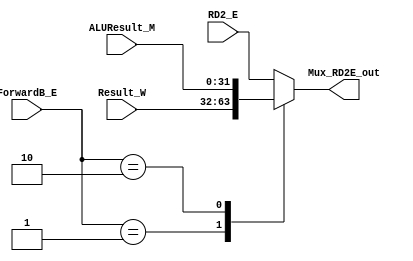
module Mux_SrcB_E (
    input [31:0] RD2_E,
    input [31:0] Result_W,
    input [31:0] ALUResult_M,
    input [1:0] ForwardB_E,
    output reg [31:0] Mux_RD2E_out
);
    always @(RD2_E or Result_W or ALUResult_M or ForwardB_E) begin
        case (ForwardB_E)
            2'b00: Mux_RD2E_out <= RD2_E;
            2'b01: Mux_RD2E_out <= Result_W;
            2'b10: Mux_RD2E_out <= ALUResult_M;
            default: Mux_RD2E_out <= RD2_E;
        endcase
    end
endmodule